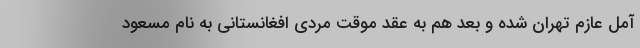
آمل عازم تهران شده و بعد هم به عقد موقت مردی افغانستانی به نام مسعود